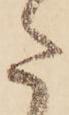
た